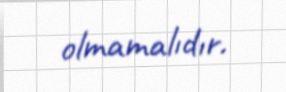
olmamalıdır.